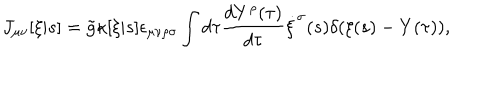
LaTeX: J _ { \mu \nu } [ \xi | s ] = \tilde { g } \kappa [ \xi | s ] \epsilon _ { \mu \nu \rho \sigma } \int d \tau \frac { d Y ^ { \rho } ( \tau ) } { d \tau } \dot { \xi } ^ { \sigma } ( s ) \delta ( \xi ( s ) - Y ( \tau ) ) ,